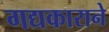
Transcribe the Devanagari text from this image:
गद्यकाराने